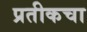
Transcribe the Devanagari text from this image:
प्रतीकचा